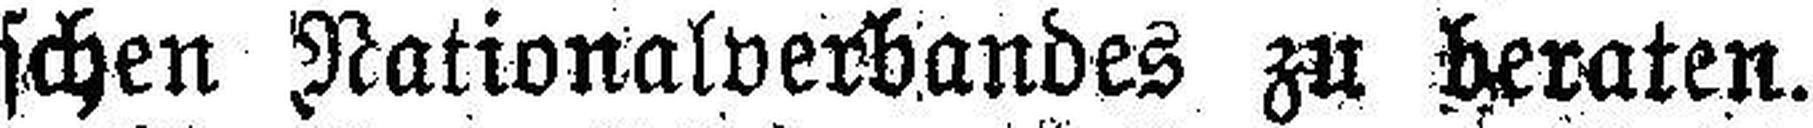
schen Nationalverbandes zu beraten.